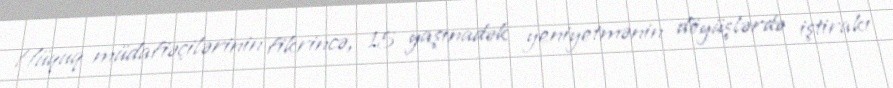
Hüquq müdafiəçilərinin fikrincə, 15 yaşınadək yeniyetmənin döyüşlərdə iştirakı